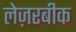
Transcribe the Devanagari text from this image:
लेज़रबीक